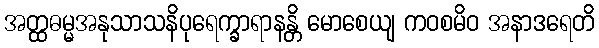
အတ္ထဓမ္မအနုသာသနိပုရေက္ခာရာနန္တိ မောစေယျ ကဝစမိဝ အနာဒရေတိ